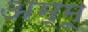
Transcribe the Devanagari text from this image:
अम्मू